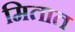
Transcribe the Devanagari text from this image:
मितात